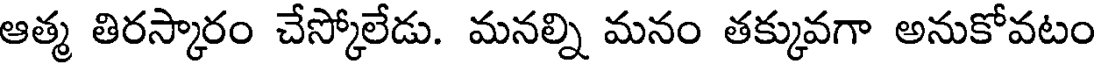
ఆత్మ తిరస్కారం చేస్కోలేడు. మనల్ని మనం తక్కువగా అనుకోవటం